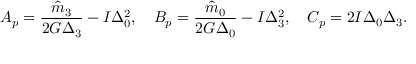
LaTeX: A _ { p } = \frac { \hat { m } _ { 3 } } { 2 G \Delta _ { 3 } } - I \Delta _ { 0 } ^ { 2 } , \quad B _ { p } = \frac { \hat { m } _ { 0 } } { 2 G \Delta _ { 0 } } - I \Delta _ { 3 } ^ { 2 } , \quad C _ { p } = 2 I \Delta _ { 0 } \Delta _ { 3 } .